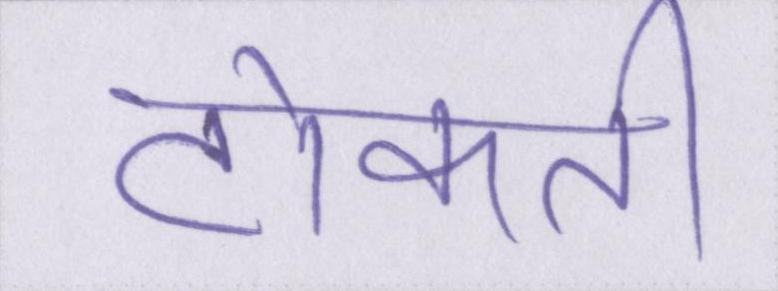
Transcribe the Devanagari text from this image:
टोकती